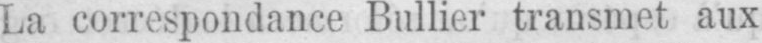
La correspondance Bullier transmet aux